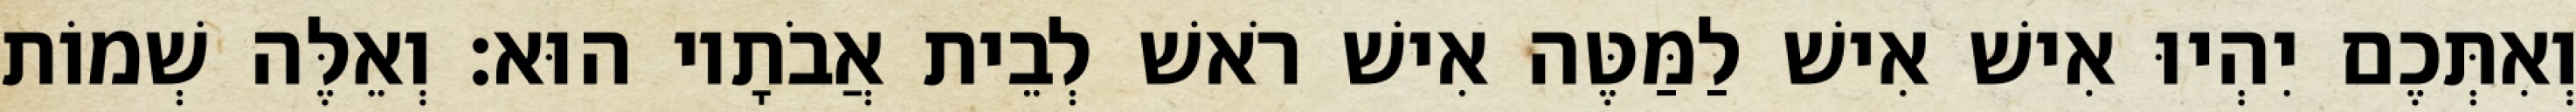
וְאִתְּכֶם יִהְיוּ אִישׁ אִישׁ לַמַּטֶּה אִישׁ רֹאשׁ לְבֵית אֲבֹתָיו הוּא׃ וְאֵלֶּה שְׁמוֹת